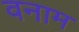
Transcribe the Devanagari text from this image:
वनाम